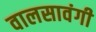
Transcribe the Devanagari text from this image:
वालसावंगी